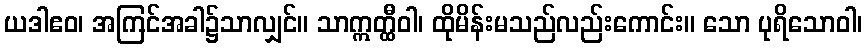
ယဒါဧဝ၊ အကြင်အခါ၌သာလျှင်။ သာဣတ္ထီဝါ၊ ထိုမိန်းမသည်လည်းကောင်း။ သော ပုရိသောဝါ၊